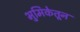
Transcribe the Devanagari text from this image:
भुमिकेतून